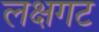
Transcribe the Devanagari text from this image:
लक्षगट